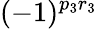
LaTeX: (-1)^{p_{3}r_{3}}